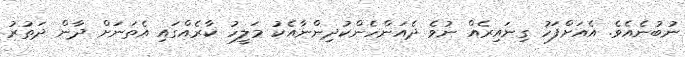
ނުބުނެއެވެ. އެއަށްފަހު ގިނައިރެއް ނުވެ ދެއަންހެންކުދިންނާއެކު މަލީހު ކާރެއްގައި އެތަނަށް ދާން ދަތުރު